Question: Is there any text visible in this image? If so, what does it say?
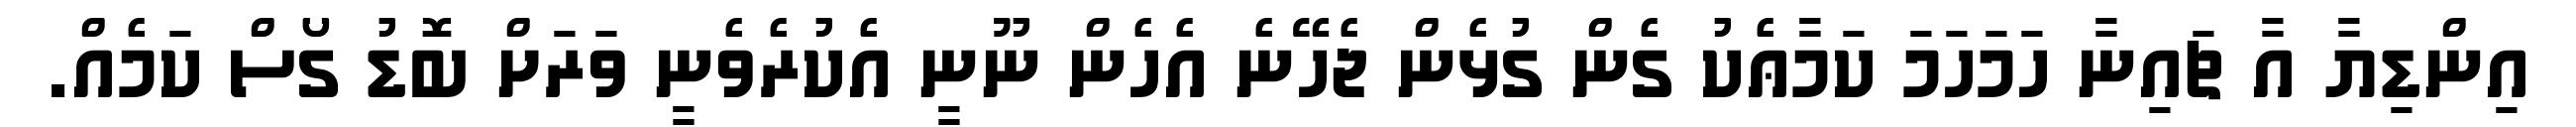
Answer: އިންޑިޔާ އާ ޗައިނާ ހަމަހަމަ ކަމާޢެކު ގެން ގުޅެން ޖެހޭނެ އެހެން ނޫނީ އެކުރެވެނީ ވަރަށް ބޮޑު ގޯސް ކަމެއް.